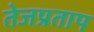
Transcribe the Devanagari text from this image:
तेजप्रताप